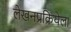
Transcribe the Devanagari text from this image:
लेखनप्रक्रियेला